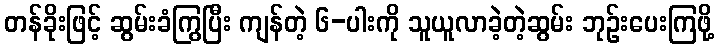
တန်ခိုးဖြင့် ဆွမ်းခံကြွပြီး ကျန်တဲ့ ၆-ပါးကို သူယူလာခဲ့တဲ့ဆွမ်း ဘုဉ်းပေးကြဖို့